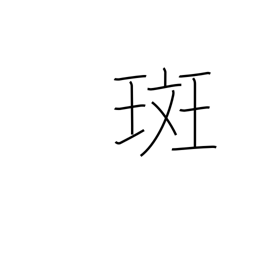
Meaning: blemish